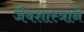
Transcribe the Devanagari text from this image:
जैवशास्त्राने